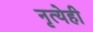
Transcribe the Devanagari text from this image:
नृत्येही